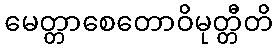
မေတ္တာစေတောဝိမုတ္တီတိ